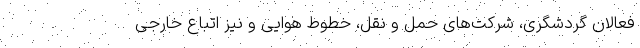
فعالان گردشگری، شرکت‌های حمل و نقل، خطوط هوایی و نیز اتباع خارجی